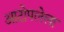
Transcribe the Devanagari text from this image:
आटोपलेला